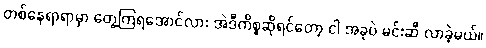
တစ်နေရာရာမှာ တွေ့ကြရအောင်လား အဲဒီကိစ္စဆိုရင်တော့ ငါ အခုပဲ မင်းဆီ လာခဲ့မယ်။